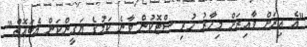
"އެ އިރަށް ވާއިރަށް މިހާރު ހުރި ސްޓޮކުން ވާނެ ކަމުގެ ޔަގީންކަން އެބައޮތް"